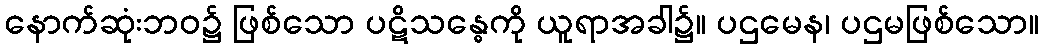
နောက်ဆုံးဘဝ၌ ဖြစ်သော ပဋိသန္ဓေကို ယူရာအခါ၌။ ပဌမေန၊ ပဌမဖြစ်သော။